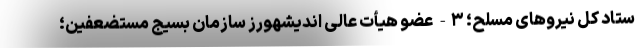
ستاد کل نیروهای مسلح؛ ۳- عضو هیأت عالی اندیشهورز سازمان بسیج مستضعفین؛